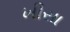
ખીસા